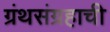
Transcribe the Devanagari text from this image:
ग्रंथसंग्रहाची